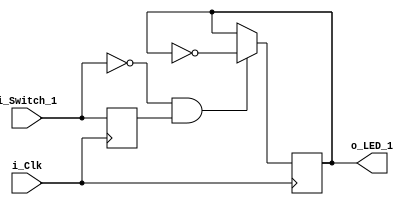
module clocked_logic (
    input i_Clk,
    input i_Switch_1,
    output o_LED_1
);

reg     r_LED_1 = 1'b0;
reg     r_Switch_1 = 1'b0;

always @ (posedge i_Clk)
    begin
        r_Switch_1 <= i_Switch_1; // Creates a register

        if (i_Switch_1 == 1'b0 && r_Switch_1 == 1'b1) // Detect falling edge
            begin
                r_LED_1 <= ~r_LED_1; // Toggles the LED
            end 
    end

assign o_LED_1 = r_LED_1;

endmodule